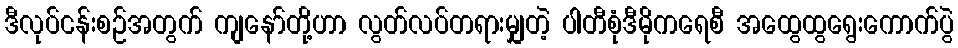
ဒီလုပ်ငန်းစဉ်အတွက် ကျနော်တို့ဟာ လွတ်လပ်တရားမျှတဲ့ ပါတီစုံဒီမိုကရေစီ အထွေထွရွေးကောက်ပွဲ